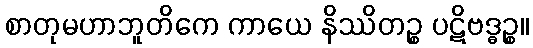
စာတုမဟာဘူတိကေ ကာယေ နိဿိတဉ္စ ပဋိဗဒ္ဓဉ္စ။